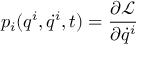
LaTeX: p _ { i } ( q ^ { i } , { \dot { q } } ^ { i } , t ) = { \frac { \partial { \mathcal { L } } } { \partial { \dot { q } } ^ { i } } }